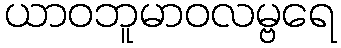
ယာဝဘူမာဝလမ္ဗရေ